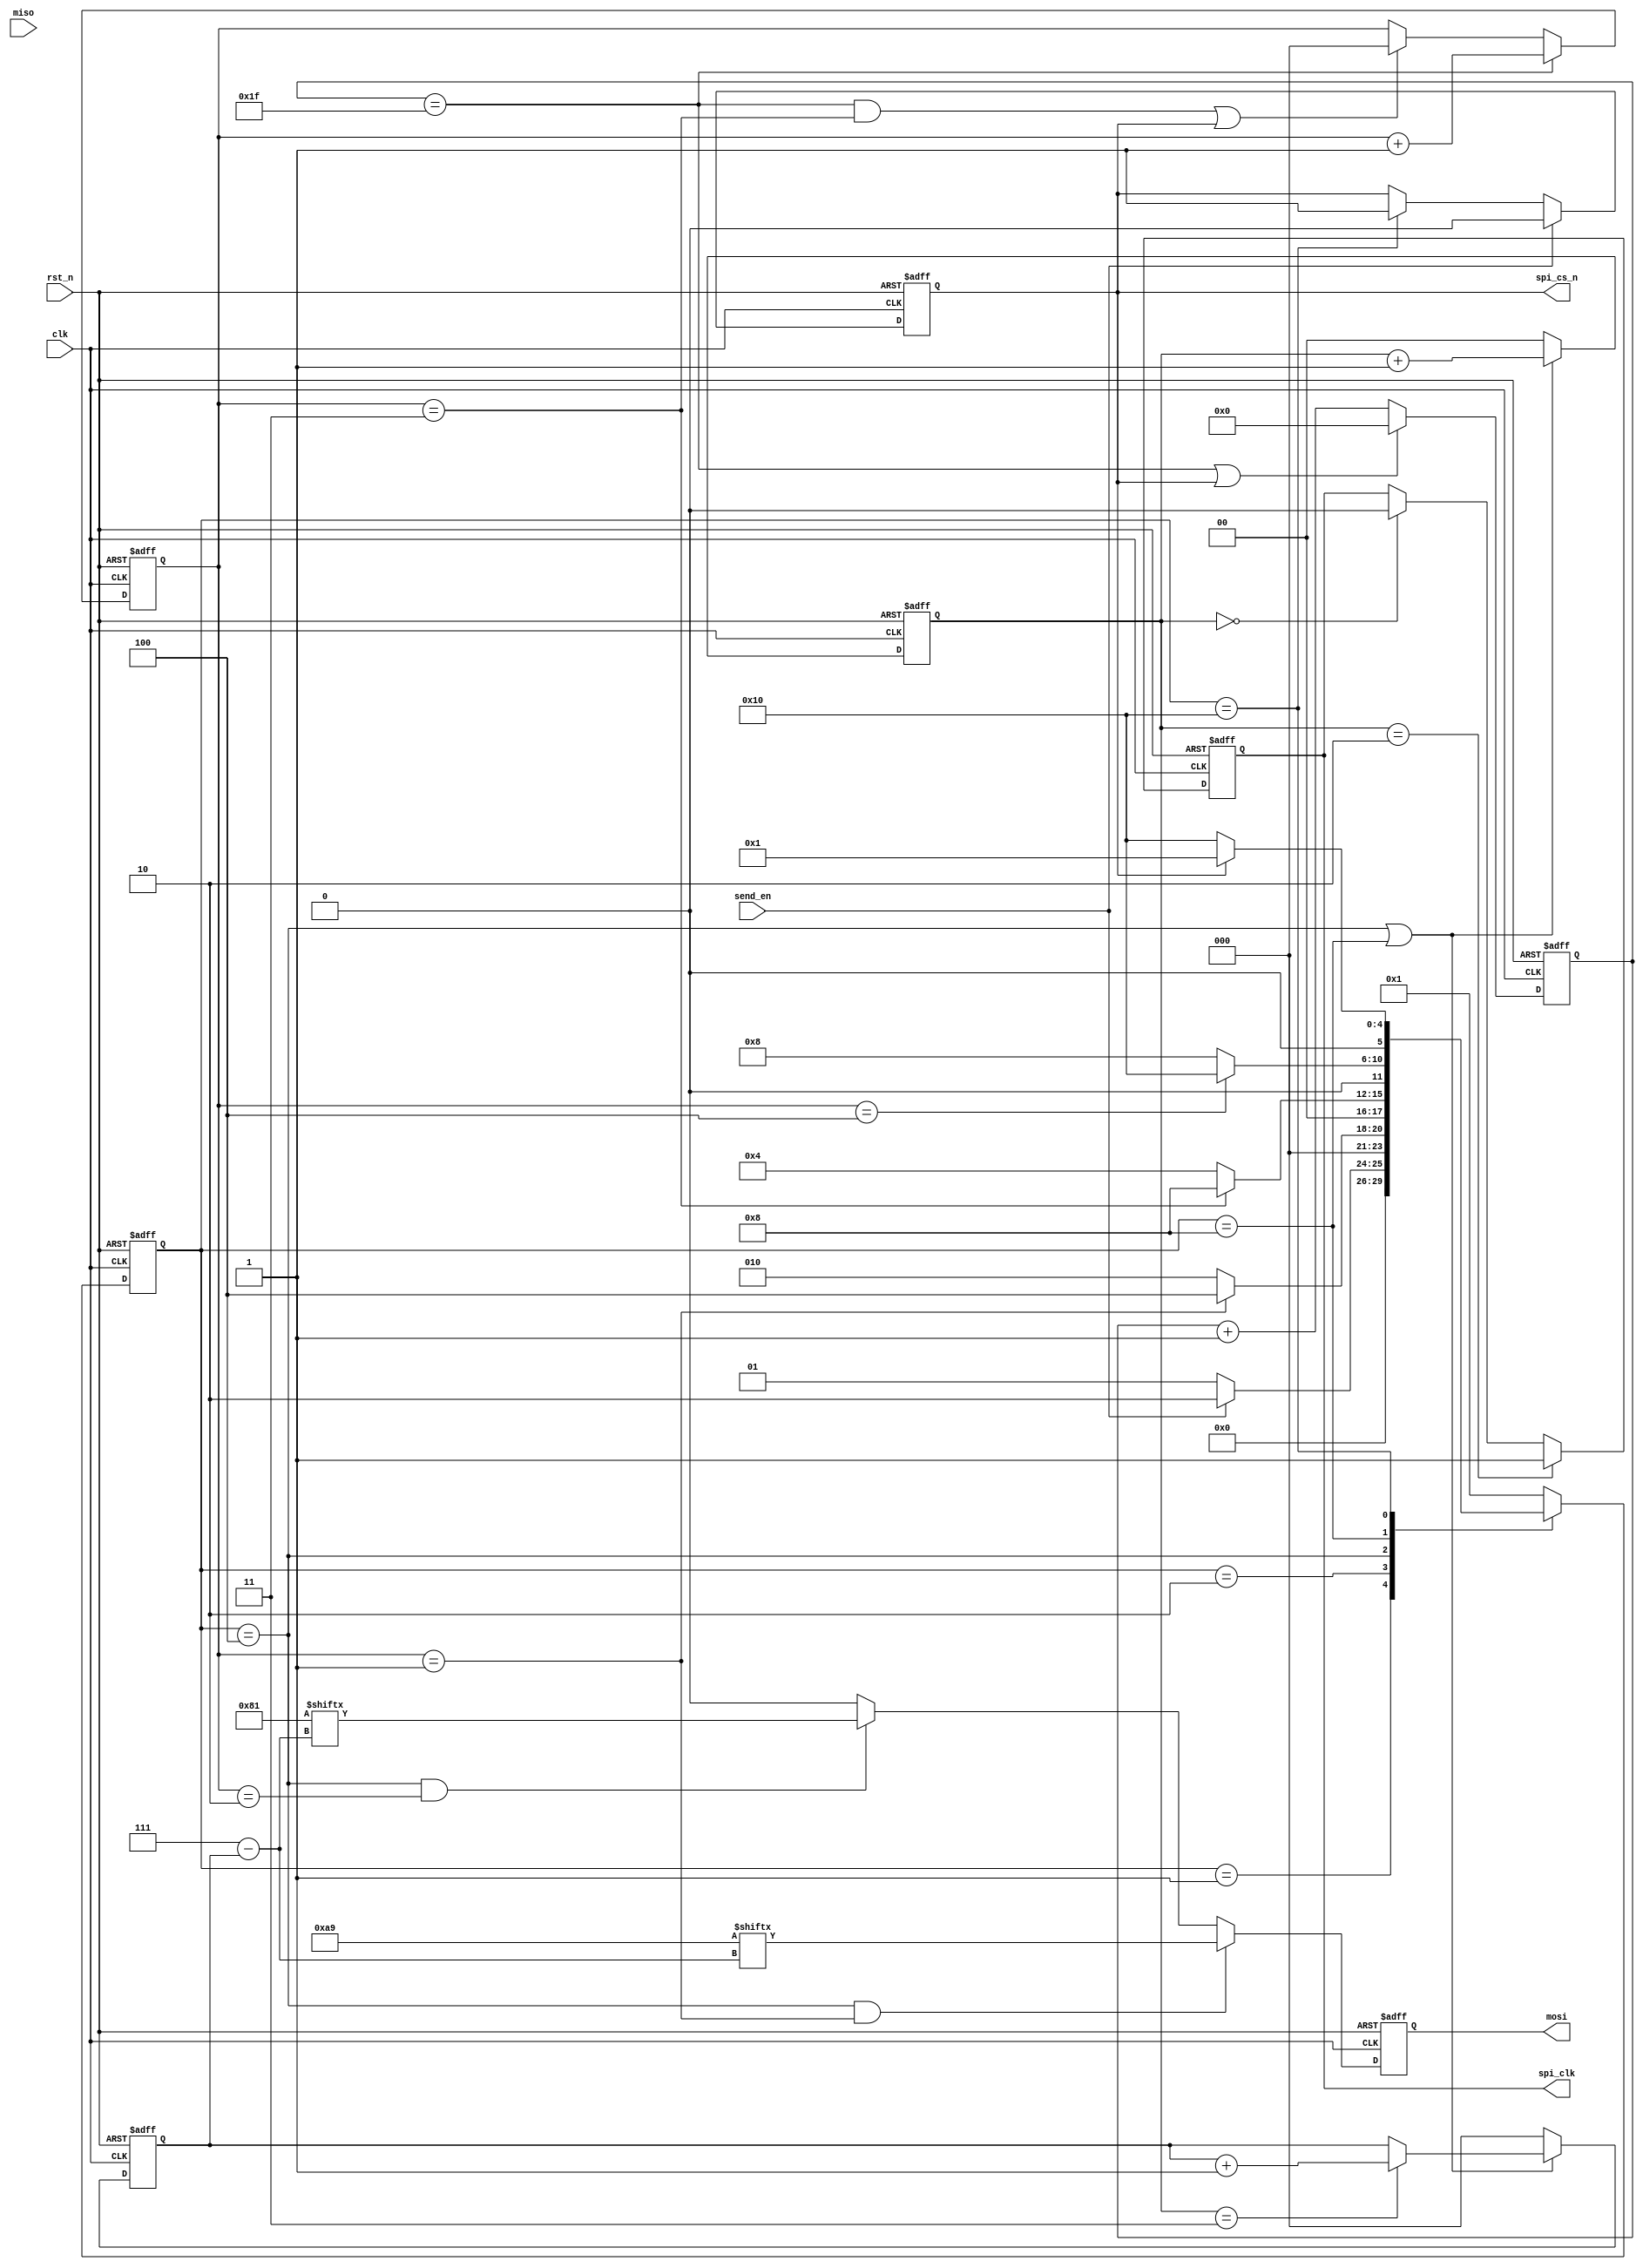
module spi_interface(
    input clk,
    input rst_n,
    input send_en,

    output reg spi_clk,
    output reg spi_cs_n,
    output reg mosi,
    input      miso
);


localparam READ_EN   = 8'b10101001;
localparam READ_ADDR = 8'b10000001;
/*
reg  [4:0]  cnt_clk;
reg  [1:0]  cnt_byte;
reg  [1:0]  spi_clk_cnt;
reg  [2:0]  spi_bit;
always @(posedge clk or negedge rst_n) begin
    if(!rst_n)                  cnt_clk <= 'b0;
    else if(cnt_clk==5'd31 || spi_cs_n==1'b1)     
                                cnt_clk <= 'b0;
    else                        cnt_clk <= cnt_clk+1'b1;   
end
always @(posedge clk or negedge rst_n) begin
    if(!rst_n)                  cnt_byte <= 'b0;
    else if(cnt_clk==5'd31)     cnt_byte <= cnt_byte + 1'b1;
    else if((cnt_clk==5'd31 && cnt_byte==2'd2)|| spi_cs_n==1'b1)
                                cnt_byte <= 'b0;
    else                        cnt_byte <= cnt_byte;      
end
always @(posedge clk or negedge rst_n) begin
    if(!rst_n)                  spi_clk_cnt <= 'b0;
    else if(cnt_byte==2'd1)     spi_clk_cnt <= spi_clk_cnt + 1'b1;
    else                        spi_clk_cnt <= 'b0;  
end
always @(posedge clk or negedge rst_n) begin
    if(!rst_n)                  spi_bit <= 'b0;
    else if(cnt_byte==2'd1)
        if(spi_clk_cnt==2'd3)   spi_bit <= spi_bit + 1'b1;
        else                    spi_bit <= spi_bit;
    else                        spi_bit <= 'b0;  
end
always @(posedge clk or negedge rst_n) begin
    if(!rst_n)                  spi_cs_n <= 1'b1;
    else if (send_en)           spi_cs_n <= 1'b0;
    else if (cnt_byte==2'd2&&cnt_clk==5'd31)    
                                spi_cs_n <= 1'b1;
    else                        spi_cs_n <= spi_cs_n;                            
end
always @(posedge clk or negedge rst_n) begin
    if(!rst_n)                  spi_clk <= 'b0;
    else if (spi_clk_cnt==2'd2) spi_clk <= 1'b1;
    else if (spi_clk_cnt==2'd0) spi_clk <= 1'b0;
    else                        spi_clk <= spi_clk;
end
always @(posedge clk or negedge rst_n) begin
    if(!rst_n)                  mosi <= 'b0;
    else if(cnt_byte==2'd1)     mosi <= data[7 - spi_bit];    
end
*/



localparam  IDLE    = 5'b00001,
            START   = 5'b00010,
            WIRTE   = 5'b00100,
            READ    = 5'b01000,
            FINISH  = 5'b10000; 
reg  [5:0]  stage;
reg  [4:0]  cnt_clk;
reg  [2:0]  cnt_byte;
reg [1:0]   spi_clk_cnt;
reg  [2:0]  spi_bit;
always @(posedge clk or negedge rst_n) begin
    if(!rst_n)                  cnt_clk <= 'b0;
    else if(cnt_clk==5'd31 || spi_cs_n==1'b1)     
                                cnt_clk <= 'b0;
    else                        cnt_clk <= cnt_clk+1'b1;   
end
always @(posedge clk or negedge rst_n) begin
    if(!rst_n)                  cnt_byte <= 'b0;
    else if(cnt_clk==5'd31)     cnt_byte <= cnt_byte + 1'b1;
    else if((cnt_clk==5'd31 && cnt_byte==3'd3)|| spi_cs_n==1'b1)
                                cnt_byte <= 'b0;
    else                        cnt_byte <= cnt_byte;      
end

always @(posedge clk or negedge rst_n) begin
    if(!rst_n)              stage <= IDLE;
    else begin
            case(stage)
            IDLE :  if(send_en)  stage <= START;
                    else         stage <= IDLE;
            START : if(cnt_byte==3'd1)  
                                 stage <= WIRTE;
                    else         stage <= START;
            WIRTE:  if(cnt_byte==3'd3)
                                 stage <= READ;
                    else         stage <= WIRTE;
            READ:   if(cnt_byte==3'd4)
                                 stage <= FINISH;
                    else         stage <= READ;
            FINISH: if(spi_cs_n == 1'b1)
                                 stage <= IDLE;
                    else         stage <= FINISH;
            default : stage <= IDLE; 
            endcase
    end
end

always @(posedge clk or negedge rst_n) begin
    if(!rst_n)                  spi_cs_n <= 1'b1;
    else if (send_en)           spi_cs_n <= 1'b0;
    else if (stage == FINISH)    
                                spi_cs_n <= 1'b1;
    else                        spi_cs_n <= spi_cs_n;                            
end
always @(posedge clk or negedge rst_n) begin
    if(!rst_n)                  spi_clk_cnt <= 'b0;
    else if((stage == WIRTE)||(stage == READ))     
                                spi_clk_cnt <= spi_clk_cnt + 1'b1;
    else                        spi_clk_cnt <= 'b0;  
end
always @(posedge clk or negedge rst_n) begin
    if(!rst_n)                  spi_clk <= 'b0;
    else if (spi_clk_cnt==2'd2) spi_clk <= 1'b1;
    else if (spi_clk_cnt==2'd0) spi_clk <= 1'b0;
    else                        spi_clk <= spi_clk;
end
always @(posedge clk or negedge rst_n) begin
    if(!rst_n)                  spi_bit <= 'b0;
    else if((stage == WIRTE)||(stage == READ))
        if(spi_clk_cnt==2'd3)   spi_bit <= spi_bit + 1'b1;
        else                    spi_bit <= spi_bit;
    else                        spi_bit <= 'b0;  
end
always @(posedge clk or negedge rst_n) begin
    if(!rst_n)                  mosi <= 'b0;
    else if((stage == WIRTE)&&(cnt_byte==3'd1))     mosi <= READ_EN[7 - spi_bit];    
    else if((stage == WIRTE)&&(cnt_byte==3'd2))     mosi <= READ_ADDR[7 - spi_bit];
    else                                            mosi <= 'b0;
end
reg [7:0]   data_in;
always @(posedge spi_clk or negedge rst_n) begin
    if(!rst_n)                  data_in <= 'd0;
    else if(stage == READ)      data_in <= {data_in[6:0],miso};
    else                        data_in <= data_in;
end
endmodule